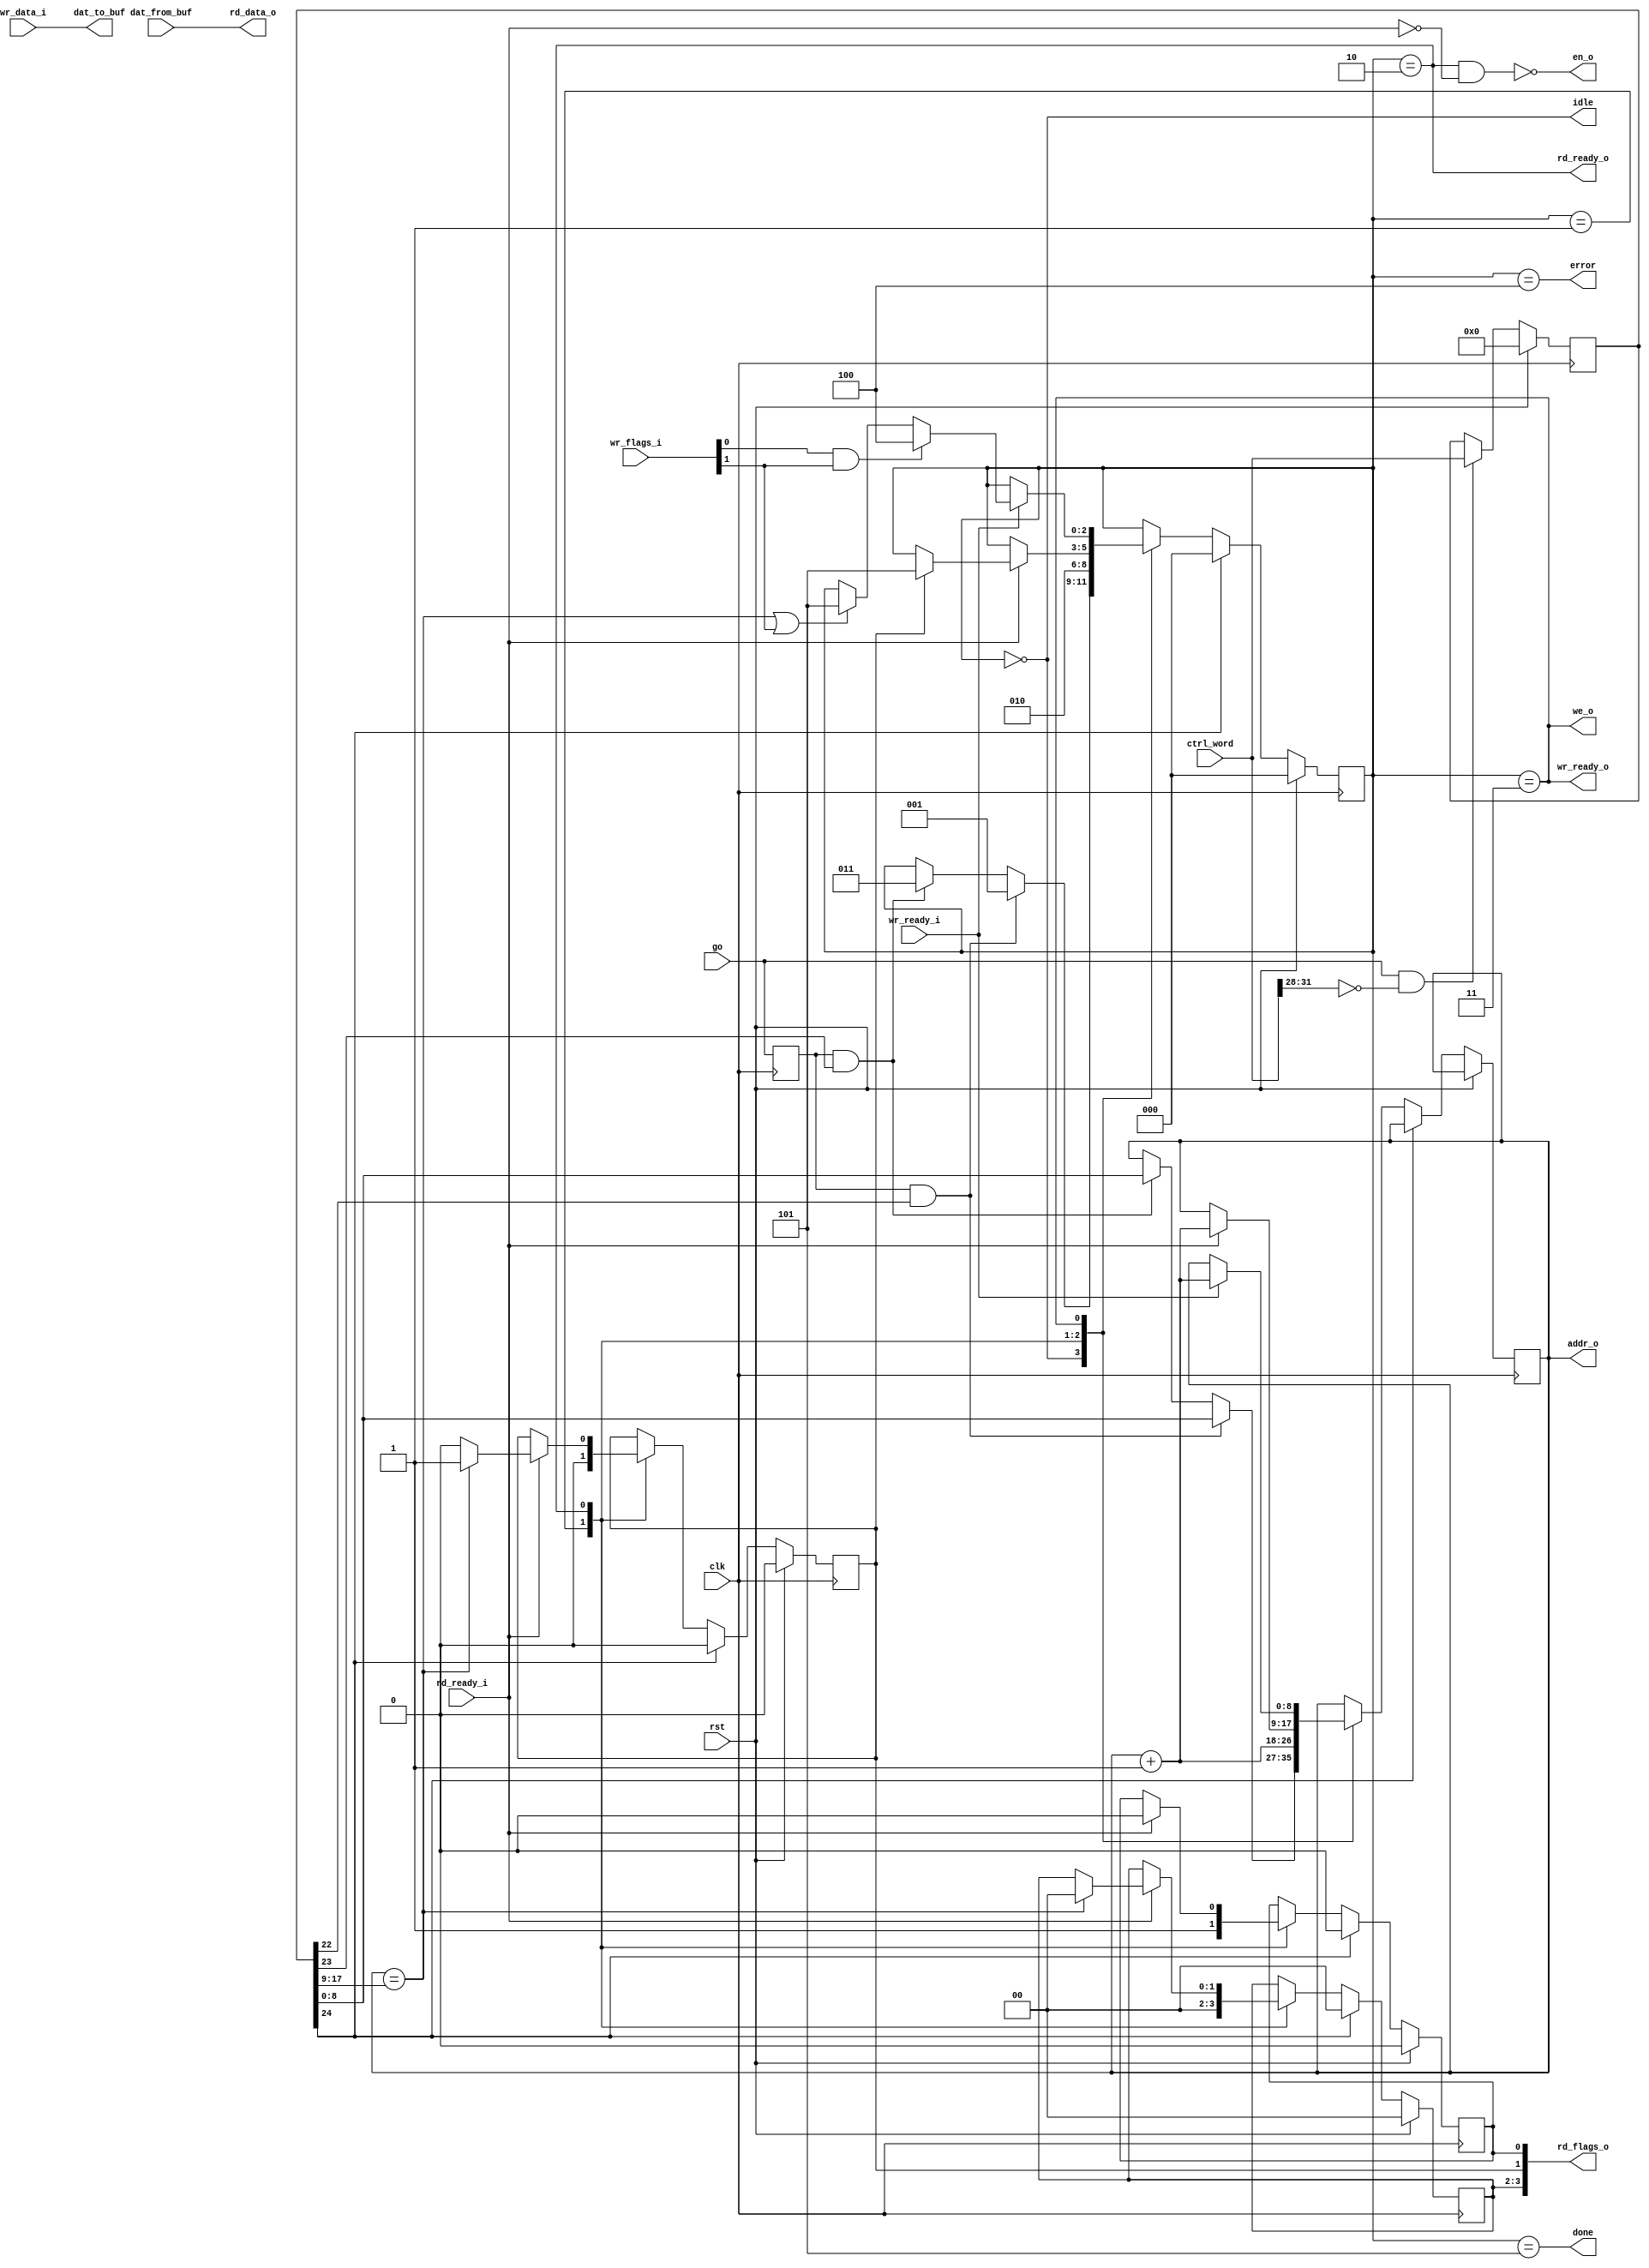
//
// Copyright 2011 Ettus Research LLC
//
// This program is free software: you can redistribute it and/or modify
// it under the terms of the GNU General Public License as published by
// the Free Software Foundation, either version 3 of the License, or
// (at your option) any later version.
//
// This program is distributed in the hope that it will be useful,
// but WITHOUT ANY WARRANTY; without even the implied warranty of
// MERCHANTABILITY or FITNESS FOR A PARTICULAR PURPOSE.  See the
// GNU General Public License for more details.
//
// You should have received a copy of the GNU General Public License
// along with this program.  If not, see <http://www.gnu.org/licenses/>.
//


// FIFO Interface to the 2K buffer RAMs
// Read port is read-acknowledge
// FIXME do we want to be able to interleave reads and writes?

module buffer_int
  #(parameter BUF_NUM = 0,
    parameter BUF_SIZE = 9)
    (// Control Interface
     input clk,
     input rst,
     input [31:0] ctrl_word,
     input go,
     output done,
     output error,
     output idle,
     
     // Buffer Interface
     output en_o,
     output we_o,
     output reg [BUF_SIZE-1:0] addr_o,
     output [31:0] dat_to_buf,
     input [31:0] dat_from_buf,
     
     // Write FIFO Interface
     input [31:0] wr_data_i,
     input [3:0] wr_flags_i,
     input wr_ready_i,
     output wr_ready_o,
     
     // Read FIFO Interface
     output [31:0] rd_data_o,
     output [3:0] rd_flags_o,
     output rd_ready_o,
     input rd_ready_i
     );
   
   reg [31:0] ctrl_reg;
   reg 	      go_reg;
   
   always @(posedge clk)
     go_reg <= go;
   
   always @(posedge clk)
     if(rst)
       ctrl_reg <= 0;
     else
       if(go & (ctrl_word[31:28] == BUF_NUM))
	 ctrl_reg <= ctrl_word;
   
   wire [BUF_SIZE-1:0] firstline = ctrl_reg[BUF_SIZE-1:0];
   wire [BUF_SIZE-1:0] lastline = ctrl_reg[2*BUF_SIZE-1:BUF_SIZE];

   wire       read = ctrl_reg[22];
   wire       write = ctrl_reg[23];
   wire       clear = ctrl_reg[24];
   //wire [2:0] port = ctrl_reg[27:25];  // Ignored in this block
   //wire [3:0] buff_num = ctrl_reg[31:28];  // Ignored here ?
   
   localparam IDLE = 3'd0;
   localparam PRE_READ = 3'd1;
   localparam READING = 3'd2;
   localparam WRITING = 3'd3;
   localparam ERROR = 3'd4;
   localparam DONE = 3'd5;
   
   reg [2:0]  state;
   reg 	      rd_sop, rd_eop;
   wire       wr_sop, wr_eop, wr_error;
   reg [1:0]  rd_occ;
   wire [1:0] wr_occ;
   
   always @(posedge clk)
     if(rst)
       begin
	  state <= IDLE;
	  rd_sop <= 0;
	  rd_eop <= 0;
	  rd_occ <= 0;
       end
     else
       if(clear)
	 begin
	    state <= IDLE;
	    rd_sop <= 0;
	    rd_eop <= 0;
	    rd_occ <= 0;
	 end
       else 
	 case(state)
	   IDLE :
	     if(go_reg & read)
	       begin
		  addr_o <= firstline;
		  state <= PRE_READ;
	       end
	     else if(go_reg & write)
	       begin
		  addr_o <= firstline;
		  state <= WRITING;
	       end
	   
	   PRE_READ :
	     begin
		state <= READING;
		addr_o <= addr_o + 1;
		rd_occ <= 2'b00;
		rd_sop <= 1;
		rd_eop <= 0;
	     end
	   
	   READING :
	     if(rd_ready_i)
	       begin
		  rd_sop <= 0;
		  addr_o <= addr_o + 1;
		  if(addr_o == lastline)
		    begin
		       rd_eop <= 1;
		       // FIXME assign occ here
		       rd_occ <= 0;
		    end
		  else
		    rd_eop <= 0;
		  if(rd_eop)
		    state <= DONE;
	       end
	   
	   WRITING :
	     begin
		if(wr_ready_i)
		  begin
		     addr_o <= addr_o + 1;
		     if(wr_error)
		       begin
			  state <= ERROR;
			  // Save OCC flags here
		       end
		     else if((addr_o == lastline)||wr_eop)
		       state <= DONE;
		  end // if (wr_ready_i)
	     end // case: WRITING
	   
	 endcase // case(state)
   
   assign     dat_to_buf = wr_data_i;
   assign     rd_data_o = dat_from_buf;

   assign     rd_flags_o = { rd_occ[1:0], rd_eop, rd_sop };
   assign     rd_ready_o = (state == READING);
   
   assign     wr_sop = wr_flags_i[0];
   assign     wr_eop = wr_flags_i[1];
   assign     wr_occ = wr_flags_i[3:2];
   assign     wr_error = wr_sop & wr_eop;
   assign     wr_ready_o = (state == WRITING);

   assign     we_o = (state == WRITING);
   //assign     we_o = (state == WRITING) && wr_ready_i;  // always write to avoid timing issue

   assign     en_o = ~((state==READING)& ~rd_ready_i);   // FIXME potential critical path
   
   assign     done = (state == DONE);
   assign     error = (state == ERROR);
   assign     idle = (state == IDLE);

endmodule // buffer_int